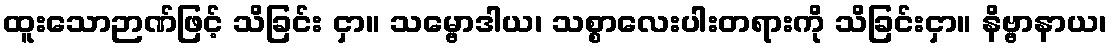
ထူးသောဉာဏ်ဖြင့် သိခြင်း ငှာ။ သမ္ဗောဒါယ၊ သစ္စာလေးပါးတရားကို သိခြင်းငှာ။ နိဗ္ဗာနာယ၊